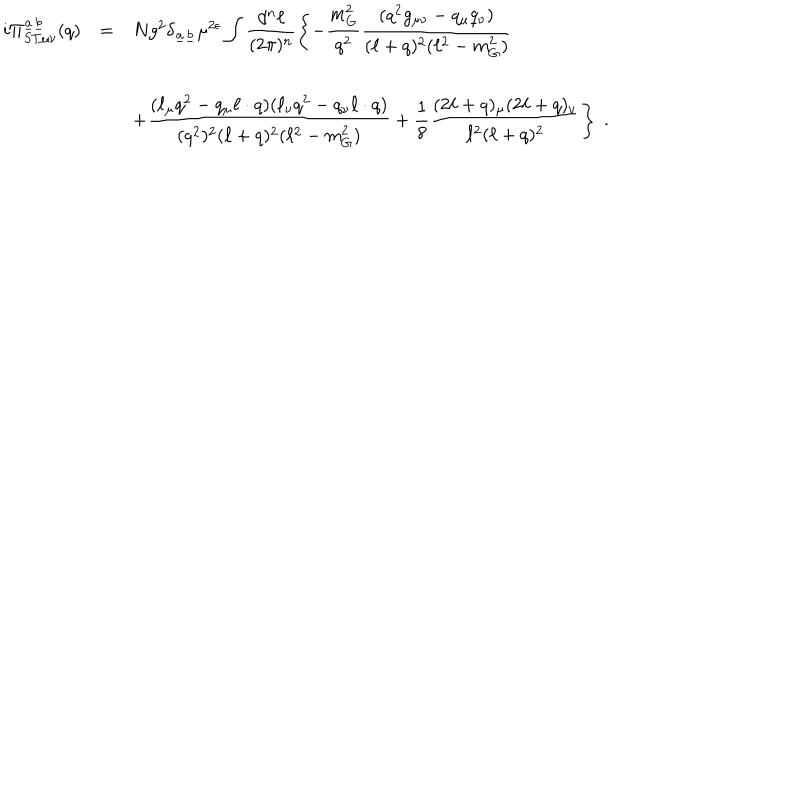
LaTeX: \begin{array} { r c l } { { i \Pi _ { S T \mu \nu } ^ { \underline { { { a } } } \underline { { { b } } } } ( q ) } } & { { = } } & { { N g ^ { 2 } \delta _ { \underline { { { a } } } \underline { { { b } } } } \mu ^ { 2 \epsilon } \displaystyle \int \displaystyle \frac { d ^ { n } \ell } { ( 2 \pi ) ^ { n } } \left\{ - \displaystyle \frac { m _ { G } ^ { 2 } } { q ^ { 2 } } \displaystyle \frac { ( q ^ { 2 } g _ { \mu \nu } - q _ { \mu } q _ { \nu } ) } { ( \ell + q ) ^ { 2 } ( \ell ^ { 2 } - m _ { G } ^ { 2 } ) } \right. } } \\ { { } } & { { } } & { { \displaystyle \left. + \frac { ( \ell _ { \mu } q ^ { 2 } - q _ { \mu } \ell \cdot q ) ( \ell _ { \nu } q ^ { 2 } - q _ { \nu } \ell \cdot q ) } { ( q ^ { 2 } ) ^ { 2 } ( \ell + q ) ^ { 2 } ( \ell ^ { 2 } - m _ { G } ^ { 2 } ) } + \frac { 1 } { 8 } \frac { ( 2 \ell + q ) _ { \mu } ( 2 \ell + q ) _ { \nu } } { \ell ^ { 2 } ( \ell + q ) ^ { 2 } } \right\} \; . } } \\ \end{array}